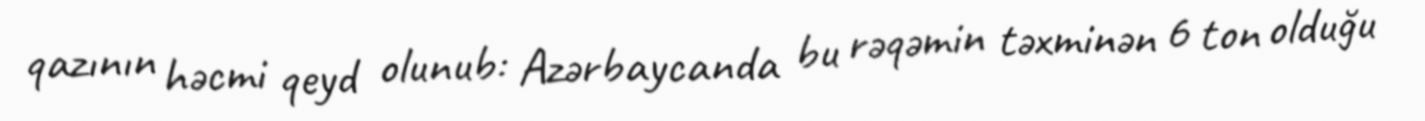
qazının həcmi qeyd olunub: Azərbaycanda bu rəqəmin təxminən 6 ton olduğu